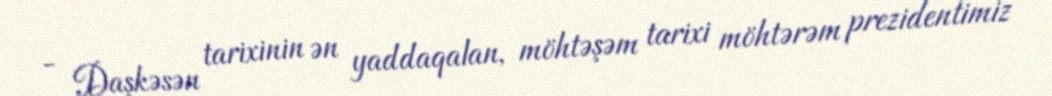
- Daşkəsən tarixinin ən yaddaqalan, möhtəşəm tarixi möhtərəm prezidentimiz